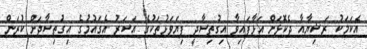
އެކަމަކު ރަޝިޔާއާ ދެކޮޅަށް އަޅާފައިވާ އިގުތިސާދީ ފިޔަވަޅުތަކުގެ އަސަރު އެގައުމުގެ އިގުތިސާދަށް ކުރަން